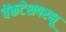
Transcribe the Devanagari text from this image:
वेंकटेशपरभू